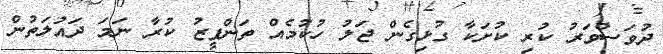
ދުވަސްވަރު ކުރި ކުށަކާ ގުޅިގެން ޖަލު ހުކުމެއް ތަންފީޒު ކުރާ ނަމަ ދައުލަތުން